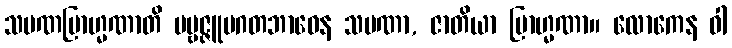
သမဏဗြာဟ္မဏာတိ ပဗ္ဗဇ္ဇူပဂတဘာဝေန သမဏာ, ဇာတိယာ ဗြာဟ္မဏာ။ လောကေန ဝါ